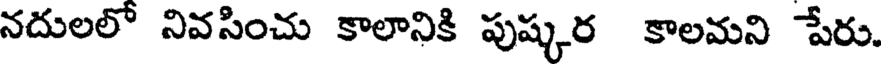
నదులలో నివసించు కాలానికి పుష్కర కాలమని పేరు.